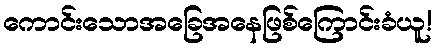
ကောင်းသောအခြေအနေဖြစ်ကြောင်းခံယူ!